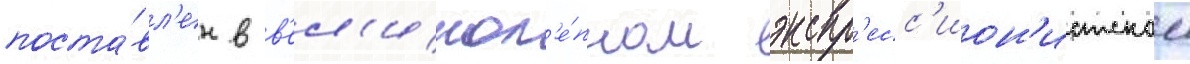
поста́вл'ен в в'ел'икол'е́пном экспр'есс'ион'истском